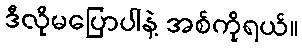
ဒီလိုမပြောပါနဲ့ အစ်ကိုရယ်။